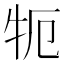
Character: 𰠪